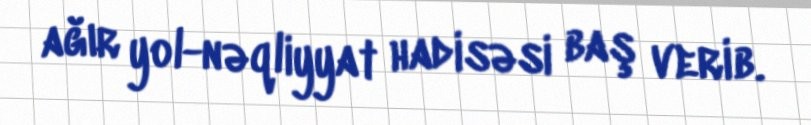
ağır yol-nəqliyyat hadisəsi baş verib.